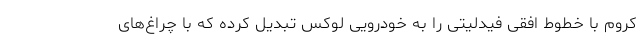
کروم با خطوط افقی فیدلیتی را به خودرویی لوکس تبدیل کرده که با چراغ‌های